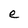
Character: e